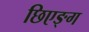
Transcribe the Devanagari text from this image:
छिएङ्ग